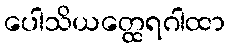
ပေါသိယတ္ထေရဂါထာ